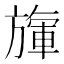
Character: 㫎